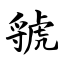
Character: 虢